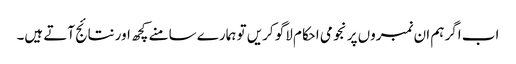
اب اگر ہم ان نمبروں پر نجومی احکام لاگو کریں تو ہمارے سامنے کچھ اور نتائج آتے ہیں۔